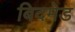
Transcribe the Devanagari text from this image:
बिदमेड